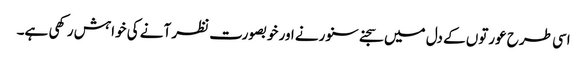
اسی طرح عورتوں کے دل میں سجنے سنورنے اور خوبصورت نظر آنے کی خواہش رکھی ہے۔